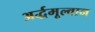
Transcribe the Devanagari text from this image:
अर्द्धमूल्वान